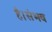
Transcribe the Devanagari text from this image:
है।संभव